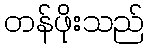
တန်ဖိုးသည်